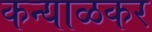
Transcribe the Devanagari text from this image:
कन्याळकर